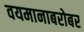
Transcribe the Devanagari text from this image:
वयमानाबरोबर